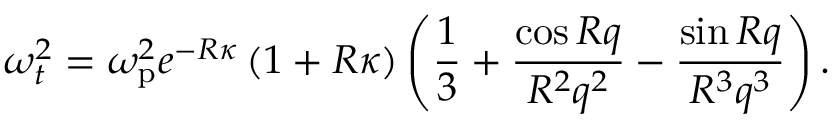
\omega _ { t } ^ { 2 } = \omega _ { \mathrm { p } } ^ { 2 } e ^ { - R \kappa } \left( 1 + R \kappa \right) \left( \frac { 1 } { 3 } + \frac { \cos R q } { R ^ { 2 } q ^ { 2 } } - \frac { \sin R q } { R ^ { 3 } q ^ { 3 } } \right) .